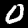
Digit: 0